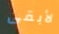
لأبقى